Annual report on the health of the army in India
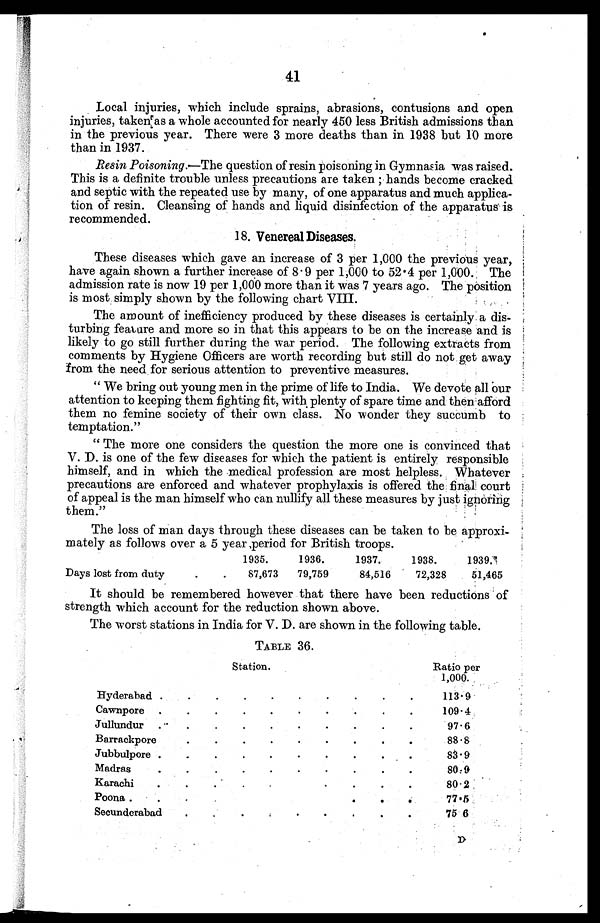
41
Local injuries, which include sprains, abrasions, contusions and open
injuries, taken as a whole accounted for nearly 450 less British admissions than
in the previous year. There were 3 more deaths than in 1938 but 10 more
than in 1937.
Resin Poisoning.—The question of resin poisoning in Gymnasia was raised.
This is a definite trouble unless precautions are taken ; hands become cracked
and septic with the repeated use by many, of one apparatus and much applica
tion of resin. Cleansing of hands and liquid disinfection of the apparatus is
recommended.
1 8. Venereal Diseases.
These diseases which gave an increase of 3 per 1,000 the previous year,
have again shown a further increase of 8.9 per 1,000 to 52.4 per 1,000. The
admission rate is now 19 per 1,000 more than it was 7 years ago. The position
is most simply shown by the following chart VIII.
The amount of inefficiency produced by these diseases is certainly a dis
t u r b i n g f e a t u r e a n d m o r e s o i n t h a t t h i s a p p e a r s t o b e o n t h e i n c r e a s e a n d i s
likely to go still further during the war period. The following extracts from
comments by Hygiene Officers are worth recording but still do not get away
from the need for serious attention to preventive measures.
" We bring out young men in the prime of life to India. We devote all our
attention to keeping them fighting fit, with plenty of spare time and then afford
them no femine society of their own class. No wonder they succumb to
temptation."
" The more one considers the question the more one is convinced that
V. D. is one of the few diseases for which the patient is entirely responsible
himself, and in which the medical profession are most helpless. Whatever
precautions are enforced and whatever prophylaxis is offered the final court
of appeal is the man himself who can nullify all these measures by just ignoring
them ."
The loss of man days through these diseases can be taken to be approxi
mately as follows over a 5 year period for British troops.
1935.
1936.
1937.
1938.
1939.
Days lost from duty
. .
87,673
79,759
84,516
72,328
51,465
It should be remembered however that there have been reductions of
strength which account for the reduction shown above.
The worst stations in India for V. D. are shown in the following table.
TABLE 36.
Station.
Ratio per
1,000.
Hyderabad .
.
.
.
.
.
.
.
.
.
113.9
Cawnpore .
.
.
.
.
.
.
.
'
'
109.4
Jullundur
.
.
.
.
.
.
.
'
'
'
97. 6
Barrackpor
.
.
.
.
.
.
.
.
.
88 . 8
Jubbulpore .
.
.
.
.
.
.
.
.
.
83.9
Madras
.
.
.
.
.
'
.
'
.
"
80.9
Karachi
.
.
.
.
-
.
.
.
.
80.2
Poona .
.
.
.
.
77.5
Secunderabad
.
.
.
.
.
.
.
.
.
75 6